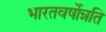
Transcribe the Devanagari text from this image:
भारतवर्षोन्नति